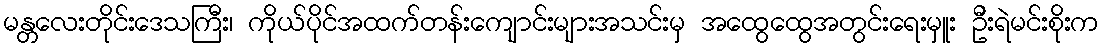
မန္တလေးတိုင်းဒေသကြီး၊ ကိုယ်ပိုင်အထက်တန်းကျောင်းများအသင်းမှ အထွေထွေအတွင်းရေးမှူး ဦးရဲမင်းစိုးက